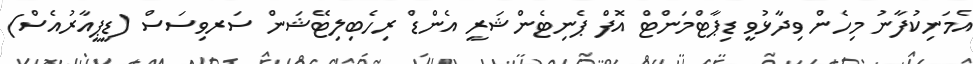
އެމަނިކުފާނު މިހެން ވިދާޅުވީ ޑިޕާޓްމަންޓް އޮފް ޕެނިޓެންޝަރީ އެންޑް ރިހެބިލިޓޭޝަން ސަރވިސަސް (ޑީޕީއާރުއެސް)